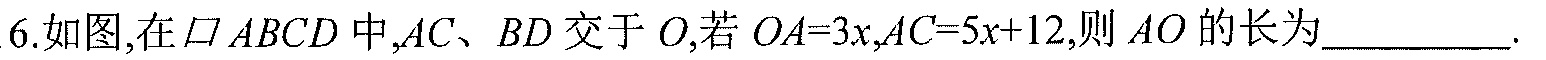
6. 如图,在$\parallelogram ABCD$中,$AC、BD$交于$O$,若$OA = 3x,AC = 5x + 12$,则$AO$的长为__________.